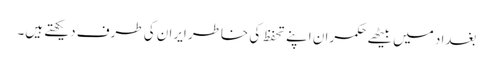
بغداد میں بیٹھے حکمران اپنے تحفظ کی خاطر ایران کی طرف دیکھتے ہیں۔